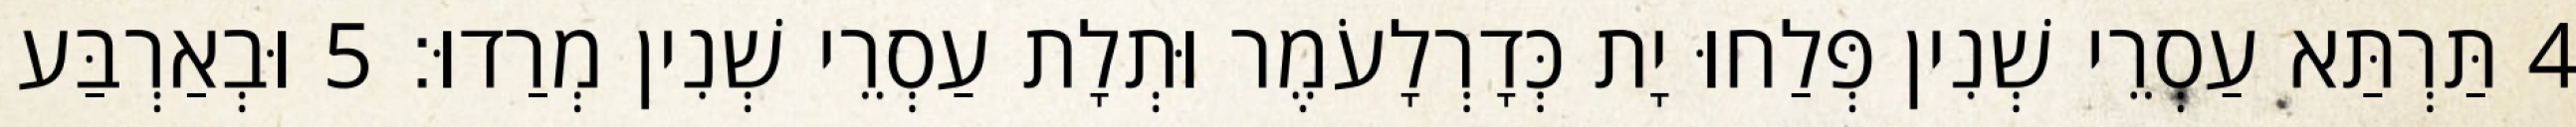
4 תַּרְתַּא עַסְרֵי שְׁנִין פְּלַחוּ יָת כְּדָרְלָעֹמֶר וּתְלָת עַסְרֵי שְׁנִין מְרַדוּ׃ 5 וּבְאַרְבַּע